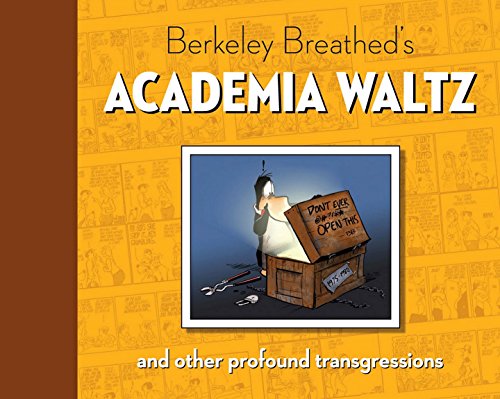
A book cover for Berkeley Breathed's Academia Waltz And Other Profound Transgressions; Berkeley Breathed; Comics & Graphic Novels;